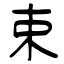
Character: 束